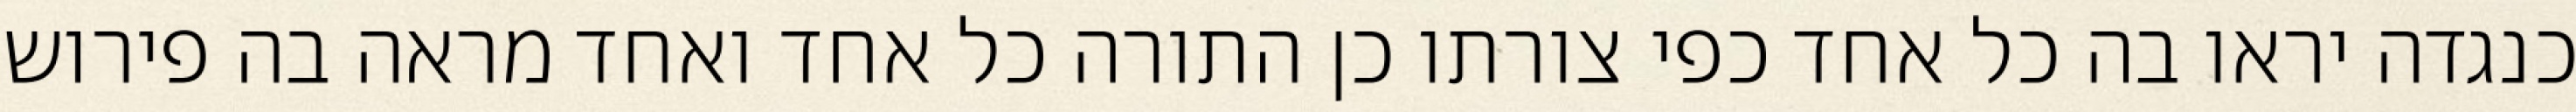
כנגדה יראו בה כל אחד כפי צורתו כן התורה כל אחד ואחד מראה בה פירוש